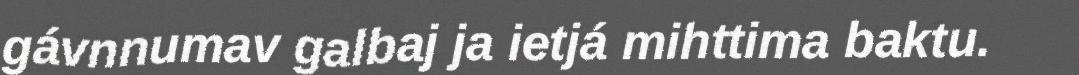
gávnnumav galbaj ja ietjá mihttima baktu.